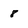
Character: 8